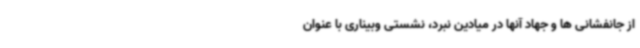
از جانفشانی ها و جهاد آنها در میادین نبرد، نشستی وبیناری با عنوان